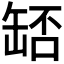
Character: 𦈶